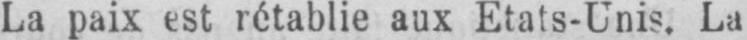
La paix est rétablie aux Etats-Unis. La